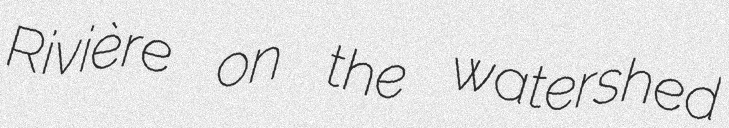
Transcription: Rivière on the watershed